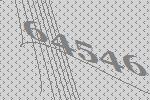
64546